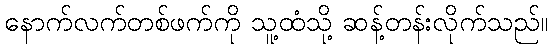
နောက်လက်တစ်ဖက်ကို သူ့ထံသို့ ဆန့်တန်းလိုက်သည်။